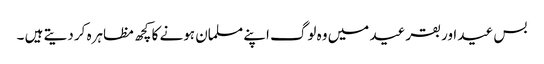
بس عید اور بقر عید میں وہ لوگ اپنے مسلمان ہونے کا کچھ مظاہرہ کر دیتے ہیں ۔